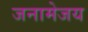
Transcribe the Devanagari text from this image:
जनामेजय